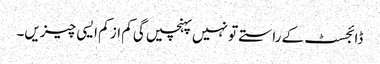
ڈائجسٹ کے راستے تو نہیں پہنچیں گی کم از کم ایسی چیزیں۔